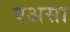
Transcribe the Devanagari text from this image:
एअसा